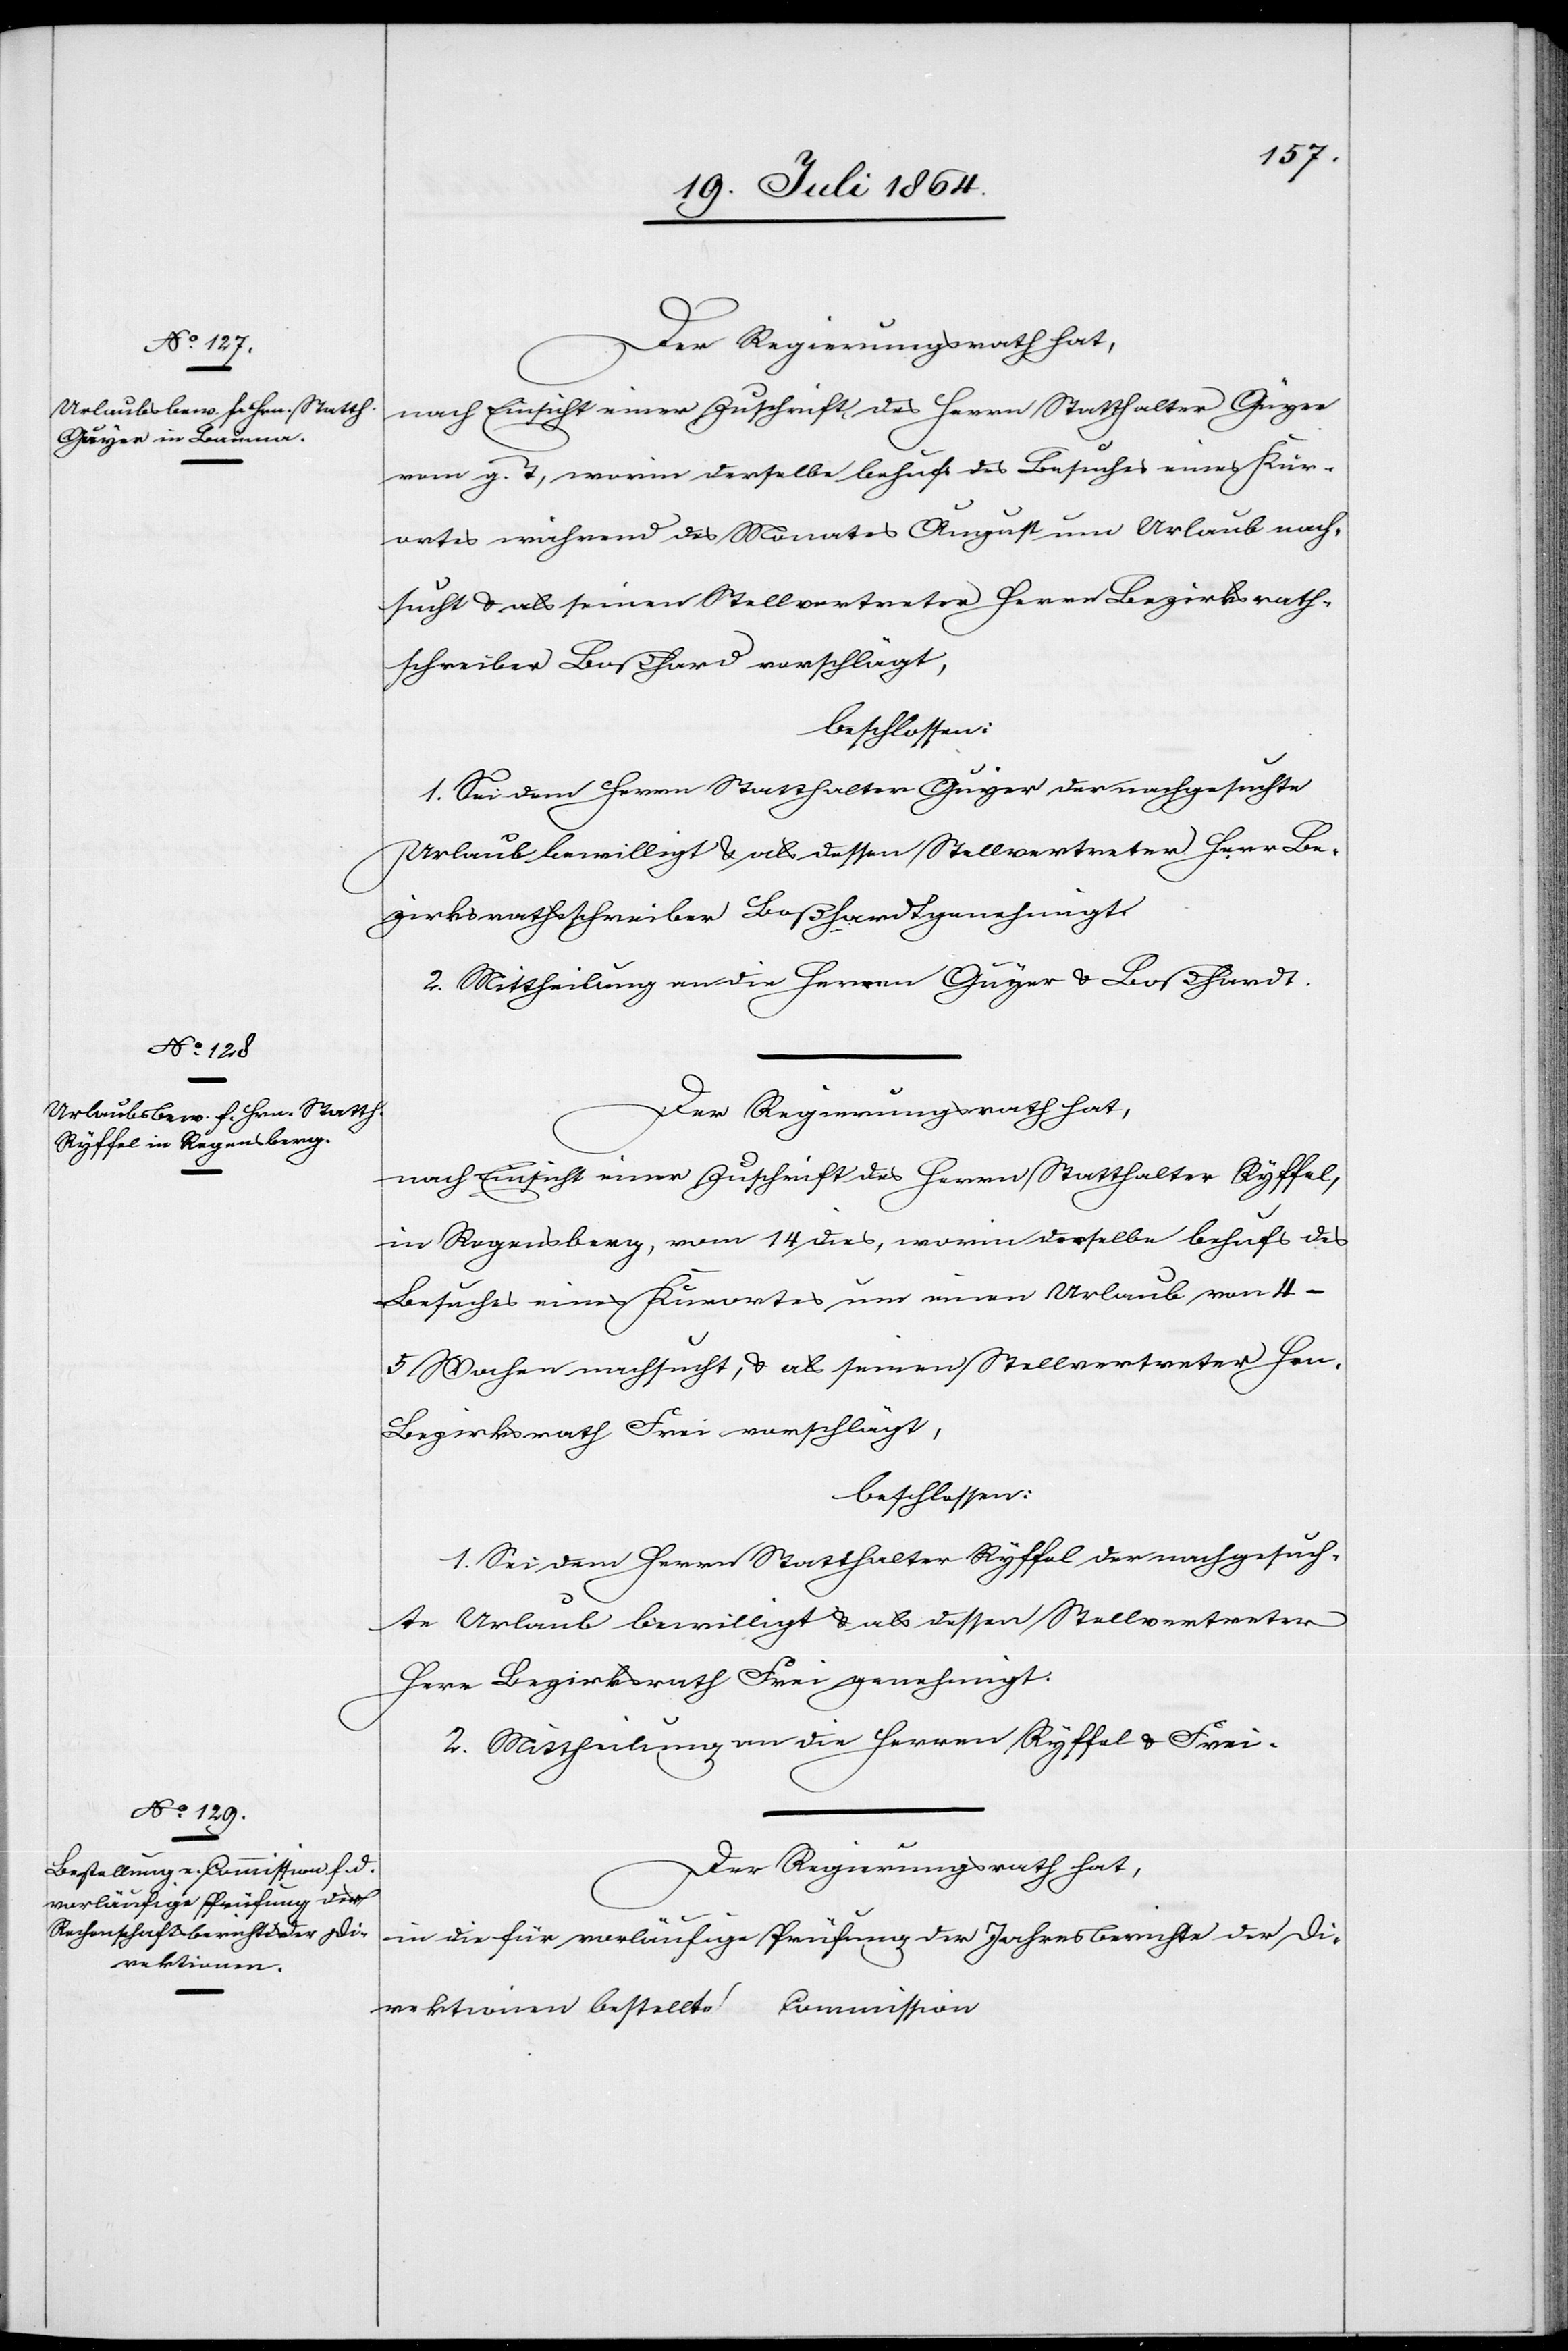
Der Regierungsrath hat,
nach Einsicht einer Zuschrift des Herrn Statthalter Gujer
vom g. T., worin derselbe behufs des Besuches eines Kur¬
ortes während des Monates August um Urlaub nach¬
sucht u. als seinen Stellvertreter Herrn Bezirksrath¬
schreiber Boßhard[t] vorschlägt,
beschlossen:
1. Sei dem Herrn Statthalter Gujer der nachgesuchte
Urlaub bewilligt u. als dessen Stellvertreter Herr Be¬
zirksrathsschreiber Boßhardt genehmigt.
2. Mittheilung an die Herren Gujer u. Boßhardt.
Der Regierungsrath hat,
nach Einsicht einer Zuschrift des Herrn Statthalter Ryffel,
in Regensberg, vom 14 dies, worin derselbe behufs des
Besuches eines Kurortes um einen Urlaub von 4–5
Wochen nachsucht, u. als seinen Stellvertreter Hrn.
Bezirksrath Frei vorschlägt,
beschlossen:
1. Sei dem Herrn Statthalter Ryffel der nachgesuch¬
te Urlaub bewilligt u. als dessen Stellvertreter
Herr Bezirksrath Frei genehmigt.
2. Mittheilung an die Herren Ryffel u. Frei.
Der Regierungsrath hat,
in die für vorläufige Prüfung der Jahresberichte der Di¬
rektionen bestellte Commission